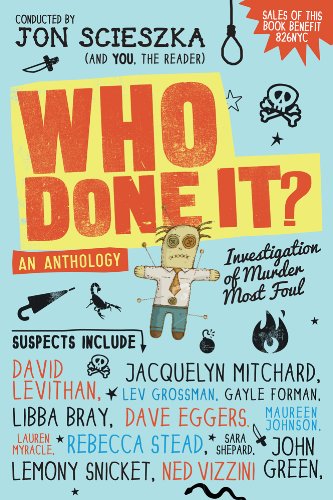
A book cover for Who Done It?; Teen & Young Adult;